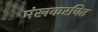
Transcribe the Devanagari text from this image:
मंखकरचित